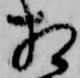
相